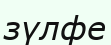
зүлфе